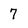
Character: 7